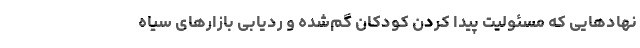
نهادهایی که مسئولیت پیدا کردن کودکان گم‌شده و ردیابی بازارهای سیاه